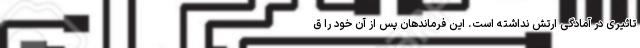
تاثیری در آمادگی ارتش نداشته است. این فرماندهان پس از آن خود را ق